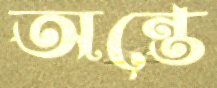
অন্তে